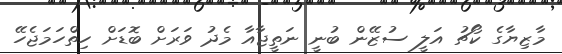
މާޒިޔާގެ ކޯޗު އަލީ ސުޒޭން ބުނީ ނަތީޖާއާ މެދު ވަރަށް ބޮޑަށް ހިތްހަމަޖެހޭ